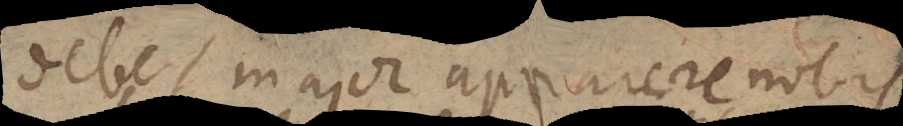
debet major apparere nobis